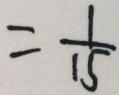
= \frac { 1 } { 1 5 }